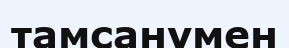
тамсанумен